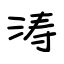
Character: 涛